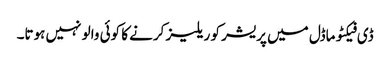
ڈی فیکٹو ماڈل میں پریشر کو ریلیز کرنے کا کوئی والو نہیں ہوتا۔